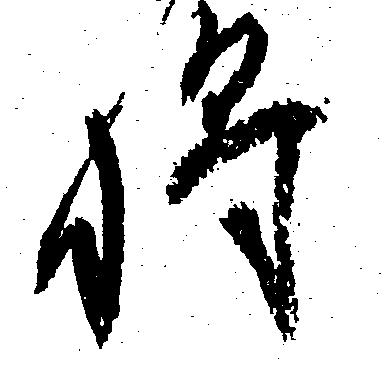
将